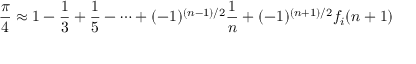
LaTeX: { \frac { \pi } { 4 } } \approx 1 - { \frac { 1 } { 3 } } + { \frac { 1 } { 5 } } - \cdots + ( - 1 ) ^ { ( n - 1 ) / 2 } { \frac { 1 } { n } } + ( - 1 ) ^ { ( n + 1 ) / 2 } f _ { i } ( n + 1 )